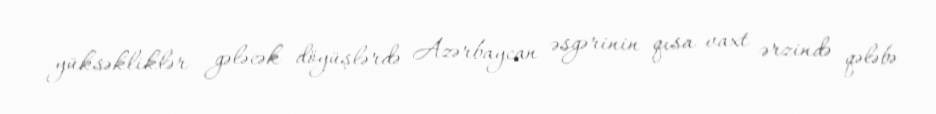
yüksəkliklər gələcək döyüşlərdə Azərbaycan əsgərinin qısa vaxt ərzində qələbə